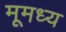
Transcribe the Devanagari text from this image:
मूमध्य